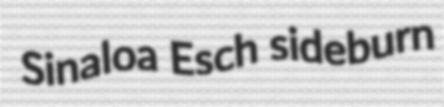
Sinaloa Esch sideburn